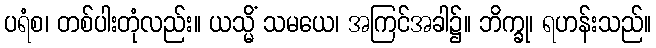
ပရံစ၊ တစ်ပါးတုံလည်း။ ယသ္မိံ သမယေ၊ အကြင်အခါ၌။ ဘိက္ခု၊ ရဟန်းသည်။